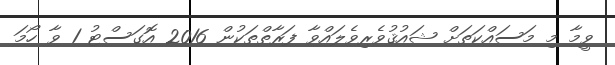
ވީމާ މި މަސައްކަތަށް ޝައުޤުވެރިވެލައްވާ ފަރާތްތަކުން 2016 އޮގަސްޓު 1 ވާ ހޯމަ